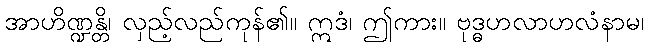
အာဟိဏ္ဍန္တိ၊ လှည့်လည်ကုန်၏။ ဣဒံ၊ ဤကား။ ဗုဒ္ဓဟလာဟလံနာမ၊